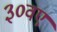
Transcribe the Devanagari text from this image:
३०वए